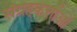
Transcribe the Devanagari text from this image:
संग्रहकर्त्ताओं